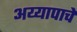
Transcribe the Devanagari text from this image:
अय्यापाचे